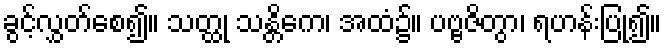
ခွင့်လွှတ်စေ၍။ သတ္ထု သန္တိကေ၊ အထံ၌။ ပဗ္ဗဇိတွာ၊ ရဟန်းပြု၍။